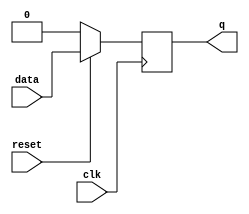
//-----------------------------------------------------
// Design Name : dff_sync_reset
// Function    : D flip-flop sync reset
// Coder       : Deepak Kumar Tala
//-----------------------------------------------------
module dff_sync_reset (
data   , // Data Input
clk    , // Clock Input
reset  , // Reset input
q        // Q output
);
//-----------Input Ports---------------
input data, clk, reset ; 

//-----------Output Ports---------------
output q;

//------------Internal Variables--------
reg q;

//-------------Code Starts Here---------
always @ ( posedge clk)
if (~reset) begin
  q <= 1'b0;
end  else begin
  q <= data;
end

endmodule //End Of Module dff_sync_reset